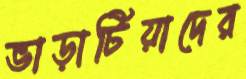
ভাড়াটিয়াদের